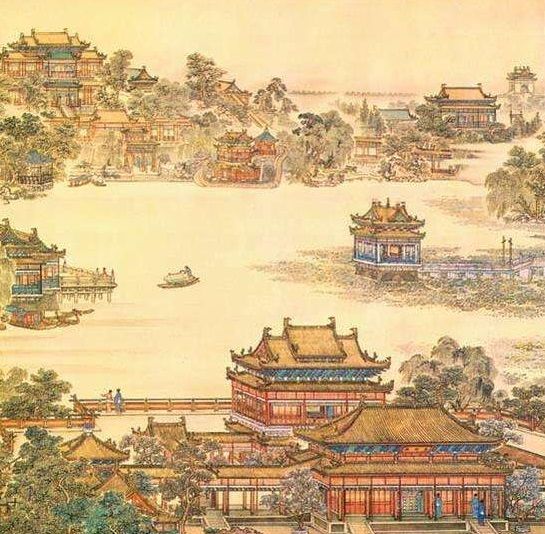
山外青山楼外楼，西湖歌舞几时休？